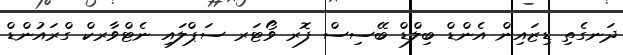
ދަނގެތި ޑިޒައިން އެންޑް ބިލްޑް ބޭސިސް ފޮރ ވޯޓަރ ސަޕްލައި ނެޓްވާރކް ގްރައުންޑް